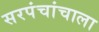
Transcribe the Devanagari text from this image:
सरपंचांचाला